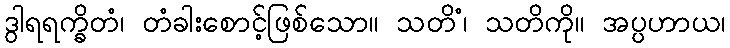
ဒွါရရက္ခိတံ၊ တံခါးစောင့်ဖြစ်သော။ သတိံ၊ သတိကို။ အပ္ပဟာယ၊